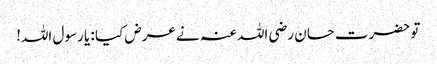
تو حضرت حسان رضی اللہ عنہ نے عرض کیا : یا رسول اللہ!